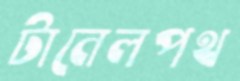
টানেলপথ